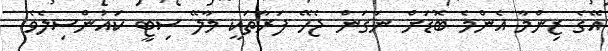
އޭގެ ޒިންމާ އެންމެ ބޮޑަށް ނަގަން ޖެހޭ ފަރާތަކީ މާލޭ ސިޓީ ކައުންސިލެވެ.